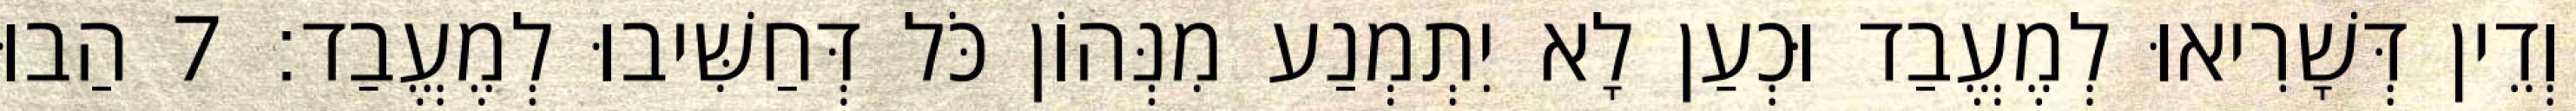
וְדֵין דְּשָׁרִיאוּ לְמֶעֱבַד וּכְעַן לָא יִתְמְנַע מִנְּהוֹן כֹּל דְּחַשִּׁיבוּ לְמֶעֱבַד׃ 7 הַבוּ